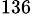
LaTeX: ^{136}